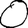
Digit: 0